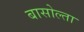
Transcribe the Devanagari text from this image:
बासोल्ता